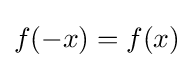
f(-x)=f(x)